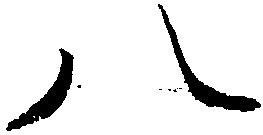
八